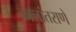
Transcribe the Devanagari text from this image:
कालांतराणे